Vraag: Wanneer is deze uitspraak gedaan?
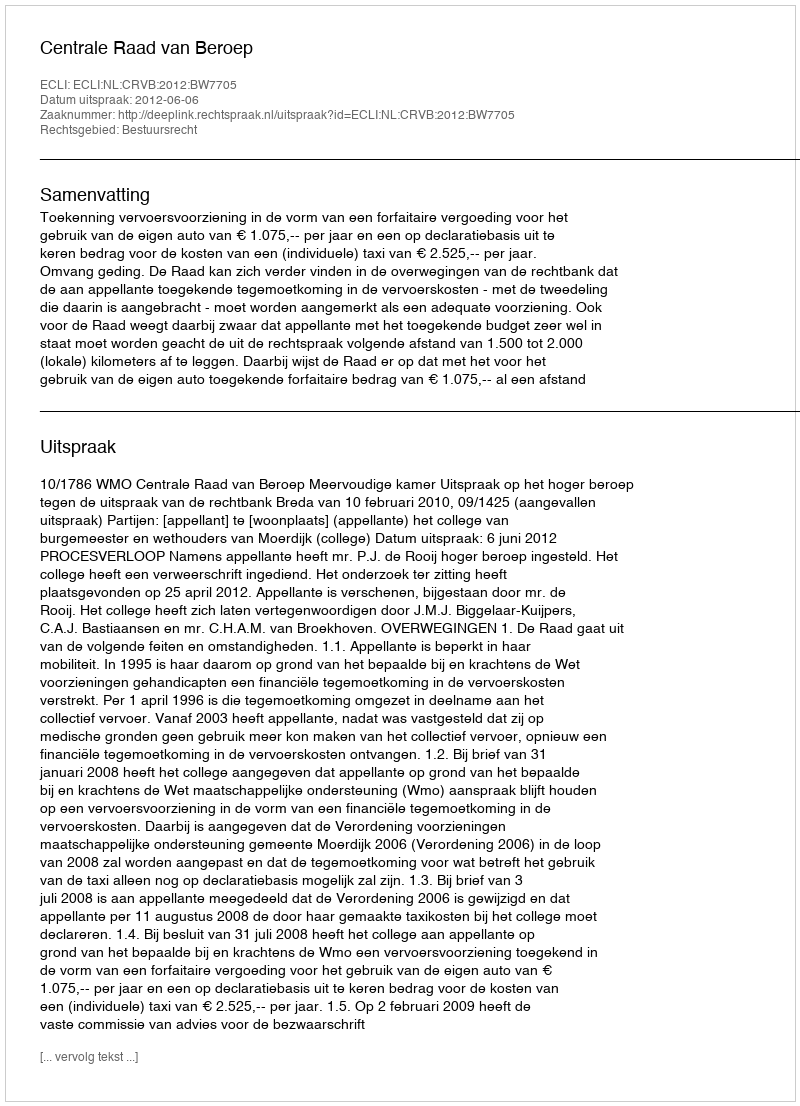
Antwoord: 2012-06-06